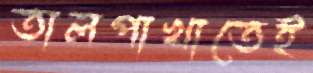
তালপাখাতেই